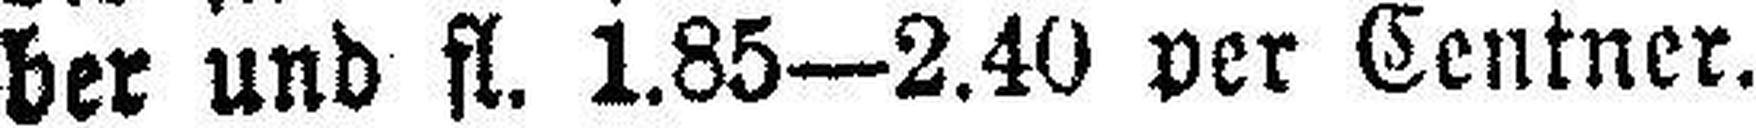
ber und fl. 1.85—2.40 per Centner.